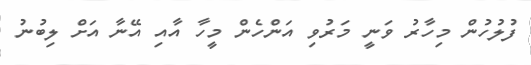
ފުލުހުން މިހާރު ވަނީ މަރުވި އަންހެން މީހާ އާއި އޭނާ އަށް ލިބުނު